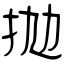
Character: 抛